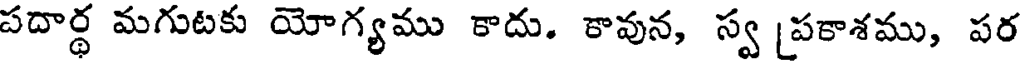
పదార్ధ మగుటకు యోగ్యము కాదు. కావున, స్వ [పకాశము, పర